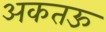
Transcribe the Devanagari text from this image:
अकतऊ